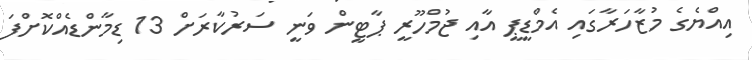
އިއްޔެގެ މުޒާހަރާގައި އެމްޑީޕީ އާއި ޖުމްހޫރީ ޕާޓީން ވަނީ ސަރުކާރަށް 13 ޑިމާންޑެއްކޮށްފަ